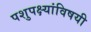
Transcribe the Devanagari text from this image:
पशुपक्ष्यांविषयी